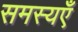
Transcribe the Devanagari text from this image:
समस्यएँ